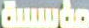
مؤسسة